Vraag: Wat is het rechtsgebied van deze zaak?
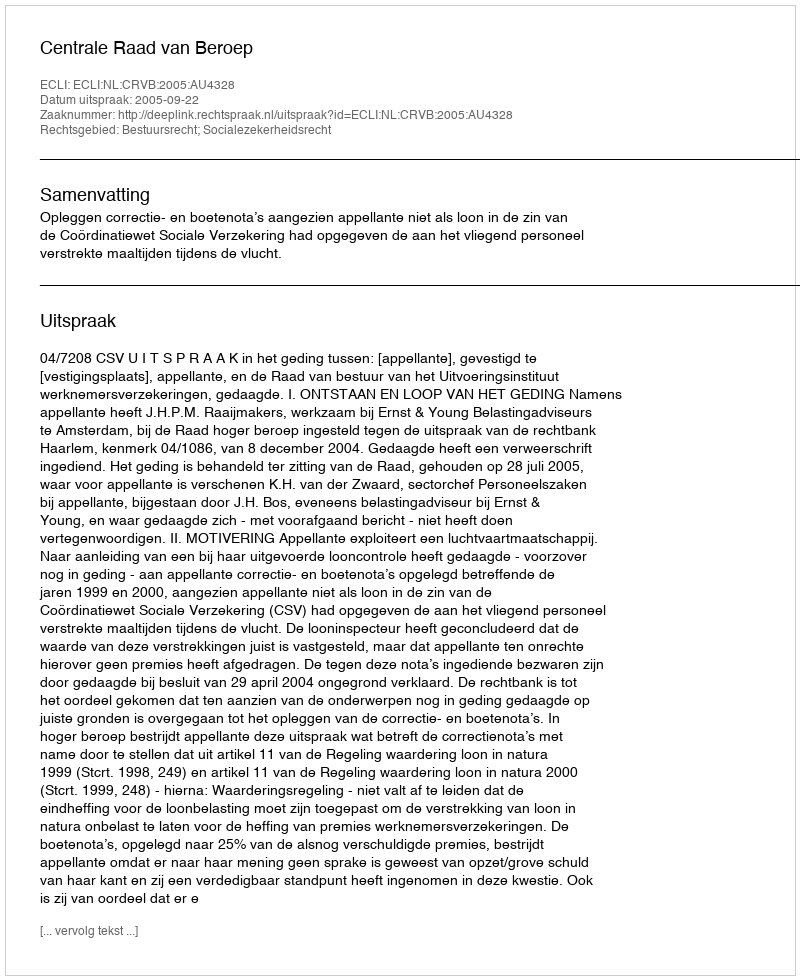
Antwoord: Bestuursrecht; Socialezekerheidsrecht